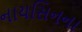
નાયસિનના